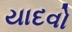
યાદવો